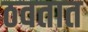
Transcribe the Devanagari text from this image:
ठवतात